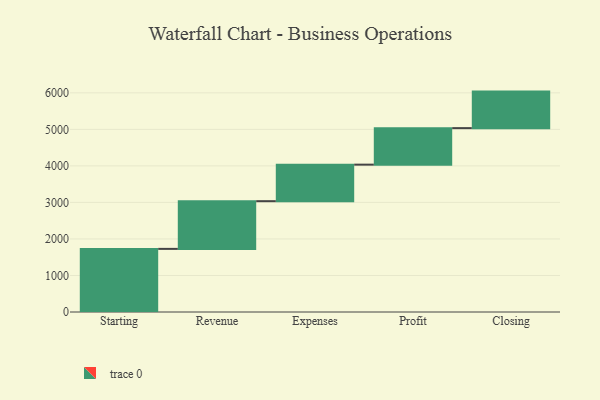
{"axis": {"x": "Step", "y": "Value"}, "legend": [""], "data": [{"x": "Starting", "y": 1728.0, "type": ""}, {"x": "Revenue", "y": 1306.0, "type": ""}, {"x": "Expenses", "y": 1000, "type": ""}, {"x": "Profit", "y": 1000, "type": ""}, {"x": "Closing", "y": 1000, "type": ""}]}